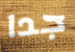
جدا